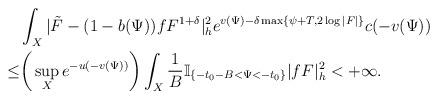
LaTeX: \begin{align*}&\int_{X}|\tilde{F}-(1-b(\Psi))fF^{1+\delta}|_{h}^2e^{v(\Psi)-\delta \max\{\psi+T,2\log|F|\}}c(-v(\Psi))\\\le &\bigg(\sup_{X}e^{-u(-v(\Psi))}\bigg)\int_{X}\frac{1}{B}\mathbb{I}_{\{-t_0-B<\Psi<-t_0\}} |fF|^2_h<+\infty.\end{align*}